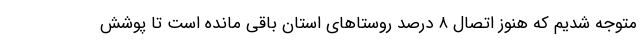
متوجه شدیم که هنوز اتصال ۸ درصد روستاهای استان باقی مانده است تا پوشش